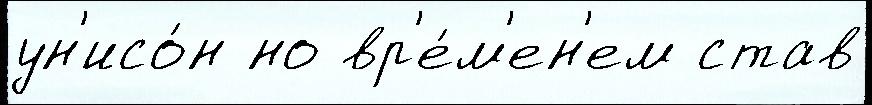
ун'исо́н но вр'е́м'ен'ем став